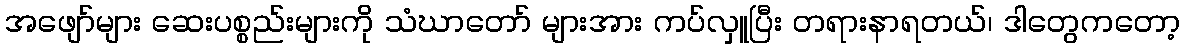
အဖျော်များ ဆေးပစ္စည်းများကို သံဃာတော် များအား ကပ်လှူပြီး တရားနာရတယ်၊ ဒါတွေကတော့